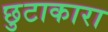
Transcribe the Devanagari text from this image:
छुटाकारा